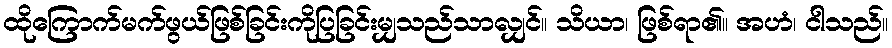
ထိုကြောက်မက်ဖွယ်ဖြစ်ခြင်းကိုပြခြင်းမျှသည်သာလျှင်။ သိယာ၊ ဖြစ်ရာ၏။ အဟံ၊ ငါသည်။